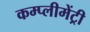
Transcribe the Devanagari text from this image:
कम्प्लीमेंट्री